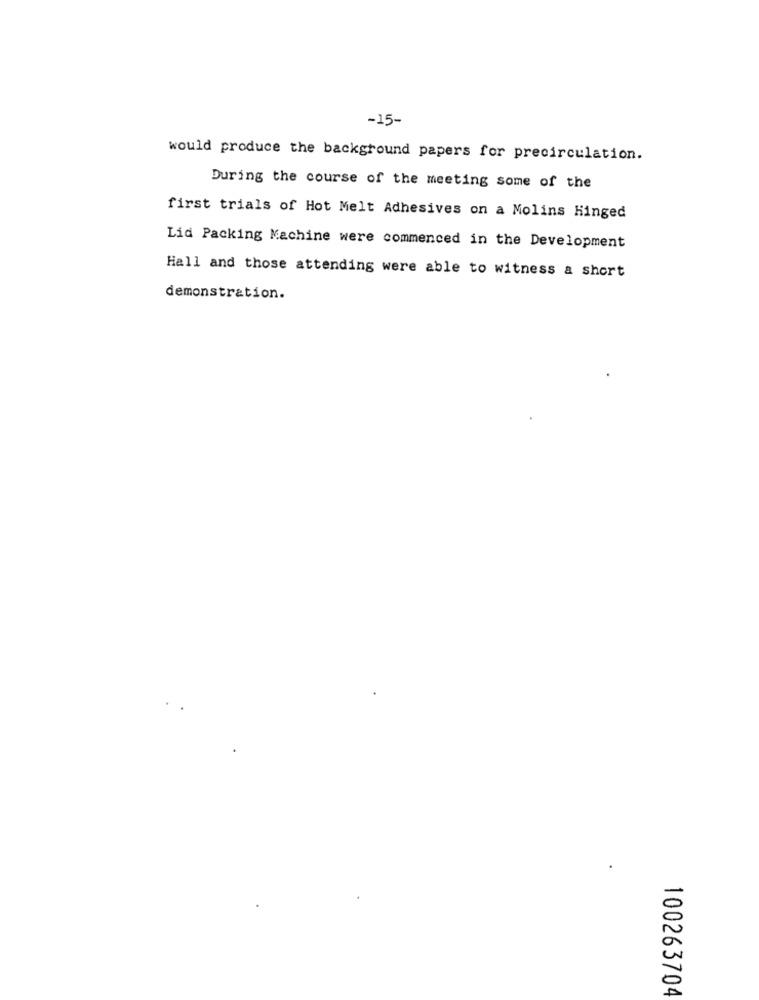
-15-
would produce the background papers for precirculation.
During the course of the meeting some of the
first trials of Hot Melt Adhesives on a Molins Hinged
Lid Packing Machine were commenced in the Development
Hall and those attending were able to witness a short
demonstration.
100263704